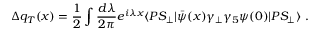
\Delta q _ { T } ( x ) = { \frac { 1 } { 2 } } \int { \frac { d \lambda } { 2 \pi } } e ^ { i \lambda x } \langle P S _ { \perp } | \bar { \psi } ( x ) \gamma _ { \perp } \gamma _ { 5 } \psi ( 0 ) | P S _ { \perp } \rangle \ .